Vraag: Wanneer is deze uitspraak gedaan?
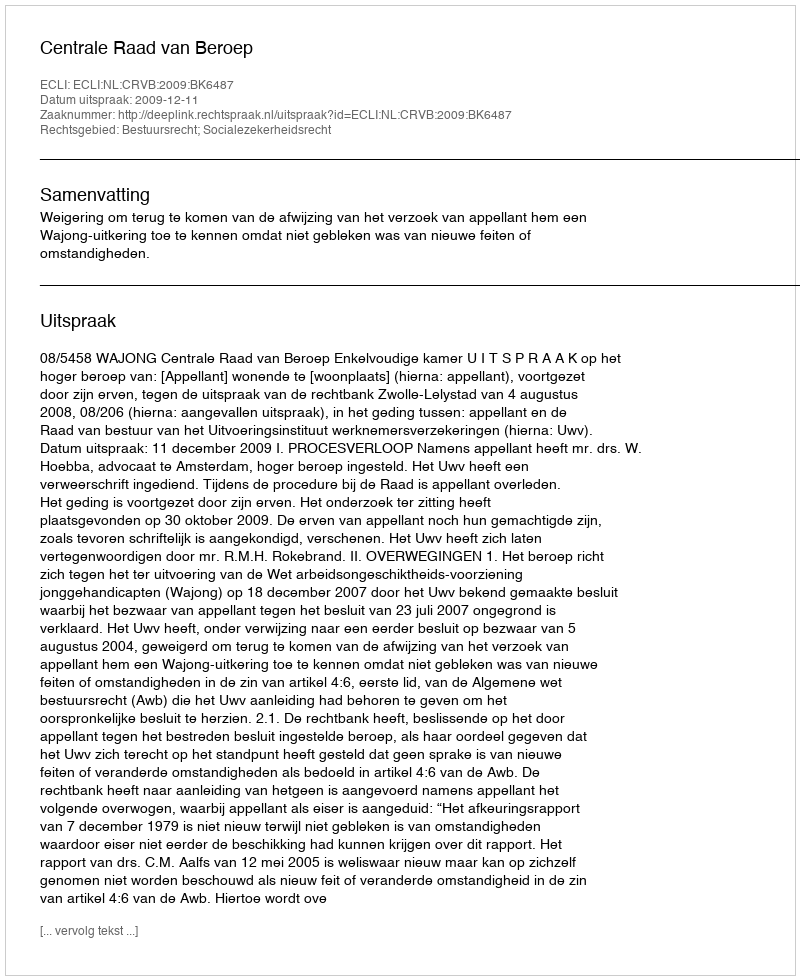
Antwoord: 2009-12-11